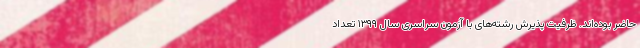
حاضر بوده‌اند. ظرفیت پذیرش رشته‌های با آزمون سراسری سال ۱۳۹۹ تعداد